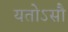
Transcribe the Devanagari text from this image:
यतोऽसौ